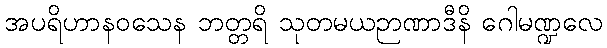
အပရိဟာနဝသေန ဘတ္တရိ သုတမယဉာဏာဒီနိ ဂေါမဏ္ဍလေ